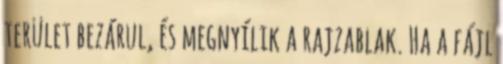
terület bezárul, és megnyílik a rajzablak. Ha a fájl